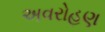
અવરોહણ